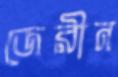
জেরীন